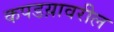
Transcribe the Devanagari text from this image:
कपडय़ावरील